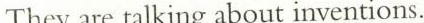
They are talking about inventions.